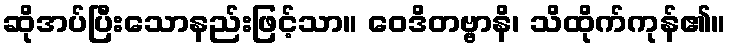
ဆိုအပ်ပြီးသောနည်းဖြင့်သာ။ ဝေဒိတဗ္ဗာနိ၊ သိထိုက်ကုန်၏။